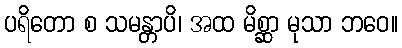
ပရိတော စ သမန္တာပိ၊ အထ မိစ္ဆာ မုသာ ဘဝေ။